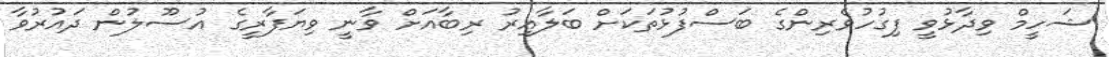
ޝަހީމް ވިދާޅުވީ ފިގުހުވެރިންގެ ބަސްފުޅުތަކަށް ބަލާއިރު ރިބާއަށް ވާނީ ވިޔަފާރީގެ އުސޫލުން ދައުރުވާ